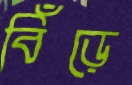
বিঁড়ে